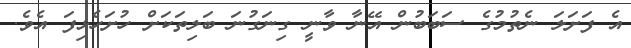
އެ ފަށަލަ ނެތުމުގެ ސަބަބުން އޭނާ ވާނީ ގިނަގުނަ ބަލިތަކަށް ހުށަހެޅިފަ އެވެ.